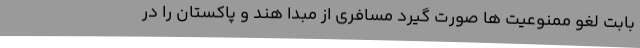
بابت لغو ممنوعیت ها صورت گیرد مسافری از مبدا هند و پاکستان را در